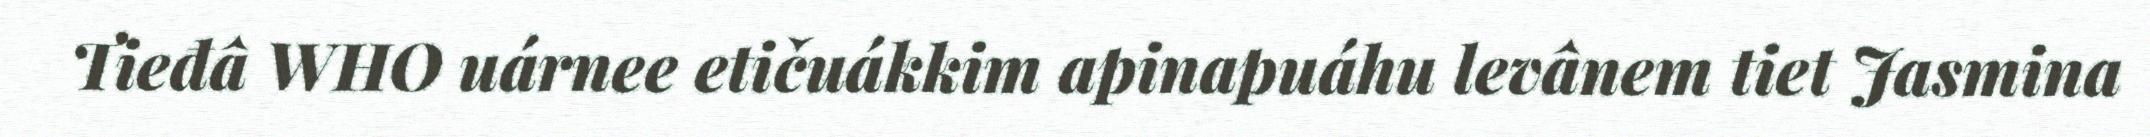
Tieđâ WHO uárnee etičuákkim apinapuáhu levânem tiet Jasmina